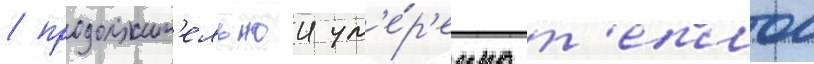
/ продолжит'ельнои ум'е́р'енно т'еплои